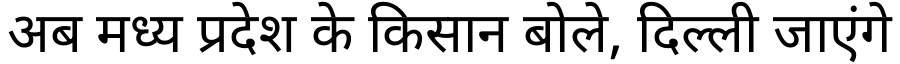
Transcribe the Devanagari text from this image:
अब मध्य प्रदेश के किसान बोले, दिल्ली जाएंगे